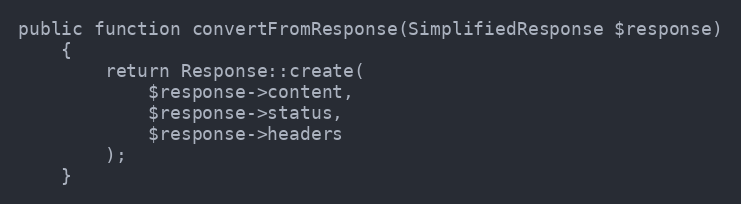
Language: PHP
public function convertFromResponse(SimplifiedResponse $response)
    {
        return Response::create(
            $response->content,
            $response->status,
            $response->headers
        );
    }